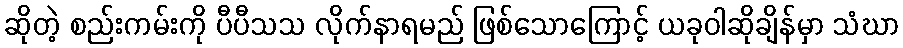
ဆိုတဲ့ စည်းကမ်းကို ပီပီသသ လိုက်နာရမည် ဖြစ်သောကြောင့် ယခုဝါဆိုချိန်မှာ သံဃာ